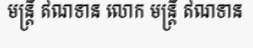
មន្ត្រី ឥណទាន លោក មន្ត្រី ឥណទាន